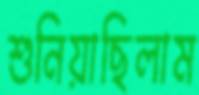
শুনিয়াছিলাম